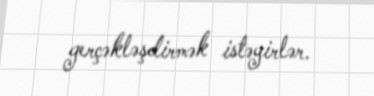
gerçəkləşdirmək istəyirlər.